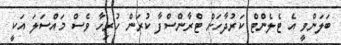
ބަލަންވީ އެ ޓެލެންޓް ކަރުދާހަށް ޓްރާންސްފާ ކުރަން ހުރިހާ ވެސް މައްސަލަ އަކީ